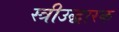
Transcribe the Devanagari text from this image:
स्त्रीउद्धारक